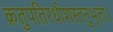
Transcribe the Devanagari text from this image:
क्रतुपतिरधीशस्तनुभृतां।